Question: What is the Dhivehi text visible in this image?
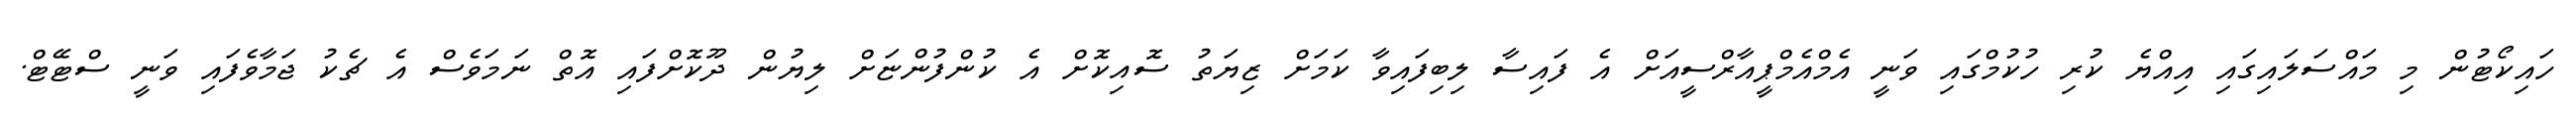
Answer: ހައިކޯޓުން މި މައްސަލައިގައި އިއްޔެ ކުރި ހުކުމްގައި ވަނީ އެމްއެމްޕީއާރްސީއަށް އެ ފައިސާ ލިބިފައިވާ ކަމަށް ޒިޔަތު ސޮއިކޮށް އެ ކުންފުންޏަށް ލިޔުން ދޫކޮށްފައި އޮތް ނަމަވެސް އެ ޗެކު ޖަމާވެފައި ވަނީ ސްޓޭޓް.